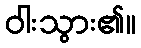
ဝါးသွား၏။